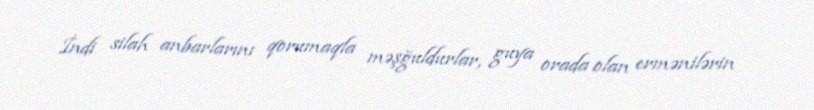
İndi silah anbarlarını qorumaqla məşğuldurlar, guya orada olan ermənilərin